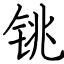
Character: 铫